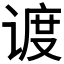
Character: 𬤏